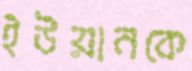
ইউয়ানকে